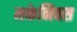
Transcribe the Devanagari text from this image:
मकेनिक्स